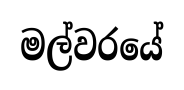
මල්වරයේ